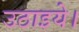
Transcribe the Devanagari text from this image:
उठाइये।